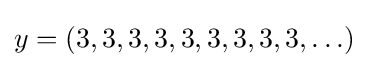
y=(3,3,3,3,3,3,3,3,3,\ldots )